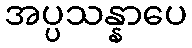
အပ္ပသန္နာပေ